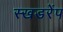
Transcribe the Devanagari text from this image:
स्खडरेंप